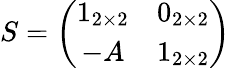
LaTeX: S=\left(\begin{array}{cc}{{1_{2\times 2}}}&{{0_{2\times 2}}}\\ {{-A}}&{{1_{2\times 2}}}\end{array}\right)